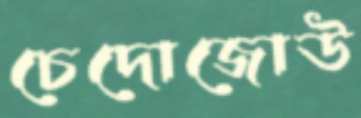
চেদোজোউ